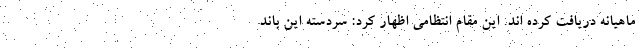
ماهیانه دریافت کرده اند. این مقام انتظامی اظهار کرد: سردسته این باند